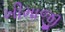
ખીમાજી